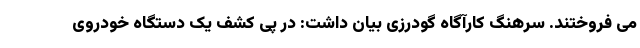
می فروختند. سرهنگ کارآگاه گودرزی بیان داشت: در پی کشف یک دستگاه خودروی